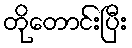
တိုတောင်းပြီး